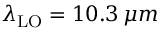
\lambda _ { \mathrm { L O } } = 1 0 . 3 \, \mu m